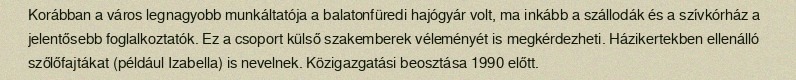
Korábban a város legnagyobb munkáltatója a balatonfüredi hajógyár volt, ma inkább a szállodák és a szívkórház a jelentősebb foglalkoztatók. Ez a csoport külső szakemberek véleményét is megkérdezheti. Házikertekben ellenálló szőlőfajtákat (például Izabella) is nevelnek. Közigazgatási beosztása 1990 előtt.